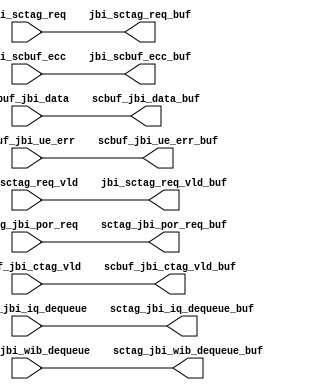
// ========== Copyright Header Begin ==========================================
// 
// OpenSPARC T1 Processor File: rep_jbi_sc3_2.v
// Copyright (c) 2006 Sun Microsystems, Inc.  All Rights Reserved.
// DO NOT ALTER OR REMOVE COPYRIGHT NOTICES.
// 
// The above named program is free software; you can redistribute it and/or
// modify it under the terms of the GNU General Public
// License version 2 as published by the Free Software Foundation.
// 
// The above named program is distributed in the hope that it will be 
// useful, but WITHOUT ANY WARRANTY; without even the implied warranty of
// MERCHANTABILITY or FITNESS FOR A PARTICULAR PURPOSE.  See the GNU
// General Public License for more details.
// 
// You should have received a copy of the GNU General Public
// License along with this work; if not, write to the Free Software
// Foundation, Inc., 51 Franklin St, Fifth Floor, Boston, MA 02110-1301, USA.
// 
// ========== Copyright Header End ============================================
module rep_jbi_sc3_2(/*AUTOARG*/
   // Outputs
   jbi_sctag_req_buf, scbuf_jbi_data_buf, jbi_scbuf_ecc_buf, 
   jbi_sctag_req_vld_buf, scbuf_jbi_ctag_vld_buf, 
   scbuf_jbi_ue_err_buf, sctag_jbi_iq_dequeue_buf, 
   sctag_jbi_wib_dequeue_buf, sctag_jbi_por_req_buf, 
   // Inputs
   jbi_sctag_req, scbuf_jbi_data, jbi_scbuf_ecc, jbi_sctag_req_vld, 
   scbuf_jbi_ctag_vld, scbuf_jbi_ue_err, sctag_jbi_iq_dequeue, 
   sctag_jbi_wib_dequeue, sctag_jbi_por_req
   );

   output [31:0]        jbi_sctag_req_buf;         
   output [31:0]        scbuf_jbi_data_buf;        
   output [6:0]         jbi_scbuf_ecc_buf;         
   output               jbi_sctag_req_vld_buf;     
   output               scbuf_jbi_ctag_vld_buf;
   output               scbuf_jbi_ue_err_buf;      
   output		sctag_jbi_iq_dequeue_buf;
   output		sctag_jbi_wib_dequeue_buf;
   output		sctag_jbi_por_req_buf;

   input [31:0]        jbi_sctag_req;         
   input [31:0]        scbuf_jbi_data;        
   input [6:0]         jbi_scbuf_ecc;         
   input               jbi_sctag_req_vld;     
   input               scbuf_jbi_ctag_vld;
   input               scbuf_jbi_ue_err;      
   input	       sctag_jbi_iq_dequeue;
   input	       sctag_jbi_wib_dequeue;
   input	       sctag_jbi_por_req;

// This repeater bank is a row of flops 
// There are a maximum of 10 flops per row.


assign		jbi_sctag_req_buf = jbi_sctag_req ;
assign		scbuf_jbi_data_buf = scbuf_jbi_data ;
assign		jbi_scbuf_ecc_buf[6:0] = jbi_scbuf_ecc[6:0] ;
assign		jbi_sctag_req_vld_buf = jbi_sctag_req_vld ;
assign		scbuf_jbi_ctag_vld_buf = scbuf_jbi_ctag_vld ;
assign		scbuf_jbi_ue_err_buf = scbuf_jbi_ue_err ;
assign		sctag_jbi_iq_dequeue_buf = sctag_jbi_iq_dequeue ;
assign		sctag_jbi_wib_dequeue_buf =  sctag_jbi_wib_dequeue;
assign		sctag_jbi_por_req_buf = sctag_jbi_por_req ;

endmodule